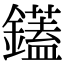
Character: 鑉